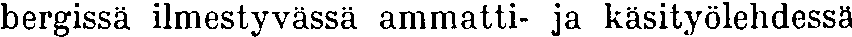
bergissä ilmestyvässä ammatti- ja käsityölehdessä